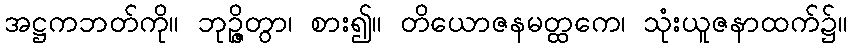
အဋ္ဌကဘတ်ကို။ ဘုဉ္ဇိတွာ၊ စား၍။ တိယောဇနမတ္ထကေ၊ သုံးယူဇနာထက်၌။